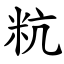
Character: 粇